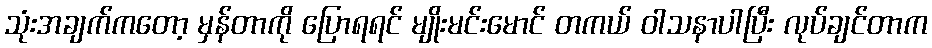
သုံးအချက်ကတော့ မှန်တာကို ပြောရရင် မျိုးမင်းမောင် တကယ် ဝါသနာပါပြီး လုပ်ချင်တာက